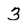
Character: 3